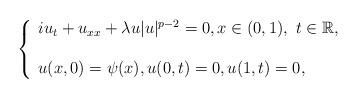
LaTeX: \begin{align*}\left \{ \begin{array}{l} iu_t +u_{xx} + \lambda u |u |^{p-2} =0,x\in (0,1), \ t\in \mathbb{R},\\ \\ u(x,0) =\psi (x) , u(0,t) = 0, u (1, t) = 0 , \end{array}\right.\end{align*}